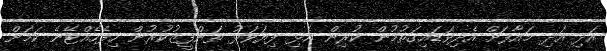
އަދި އަދި މައާފަށް އެދިވަޑައިގަތުމުން ކުރިން އެޅި ފިޔަވަޅު ތަންފީޒުކުރުން ހިފެހެއްޓޭނެ ކަމަށް